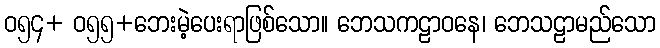
ဝ၅၄+ ဝ၅၅+ဘေးမဲ့ပေးရာဖြစ်သော။ ဘေသကဠာဝနေ၊ ဘေသဠာမည်သော